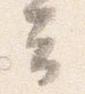
云